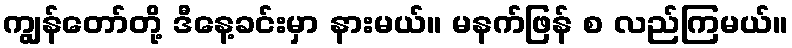
ကျွန်တော်တို့ ဒီနေ့ခင်းမှာ နားမယ်။ မနက်ဖြန် စ လည်ကြမယ်။